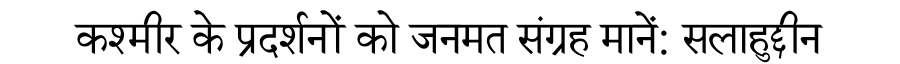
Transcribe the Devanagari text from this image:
कश्मीर के प्रदर्शनों को जनमत संग्रह मानें: सलाहुद्दीन